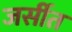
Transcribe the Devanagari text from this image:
जर्सीत